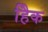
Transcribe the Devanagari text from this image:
हैिक